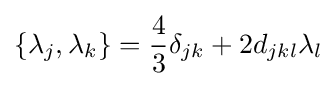
\{\lambda _{j},\lambda _{k}\}={\frac {4}{3}}\delta _{jk}+2d_{jkl}\lambda _{l}